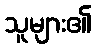
သူများ၏